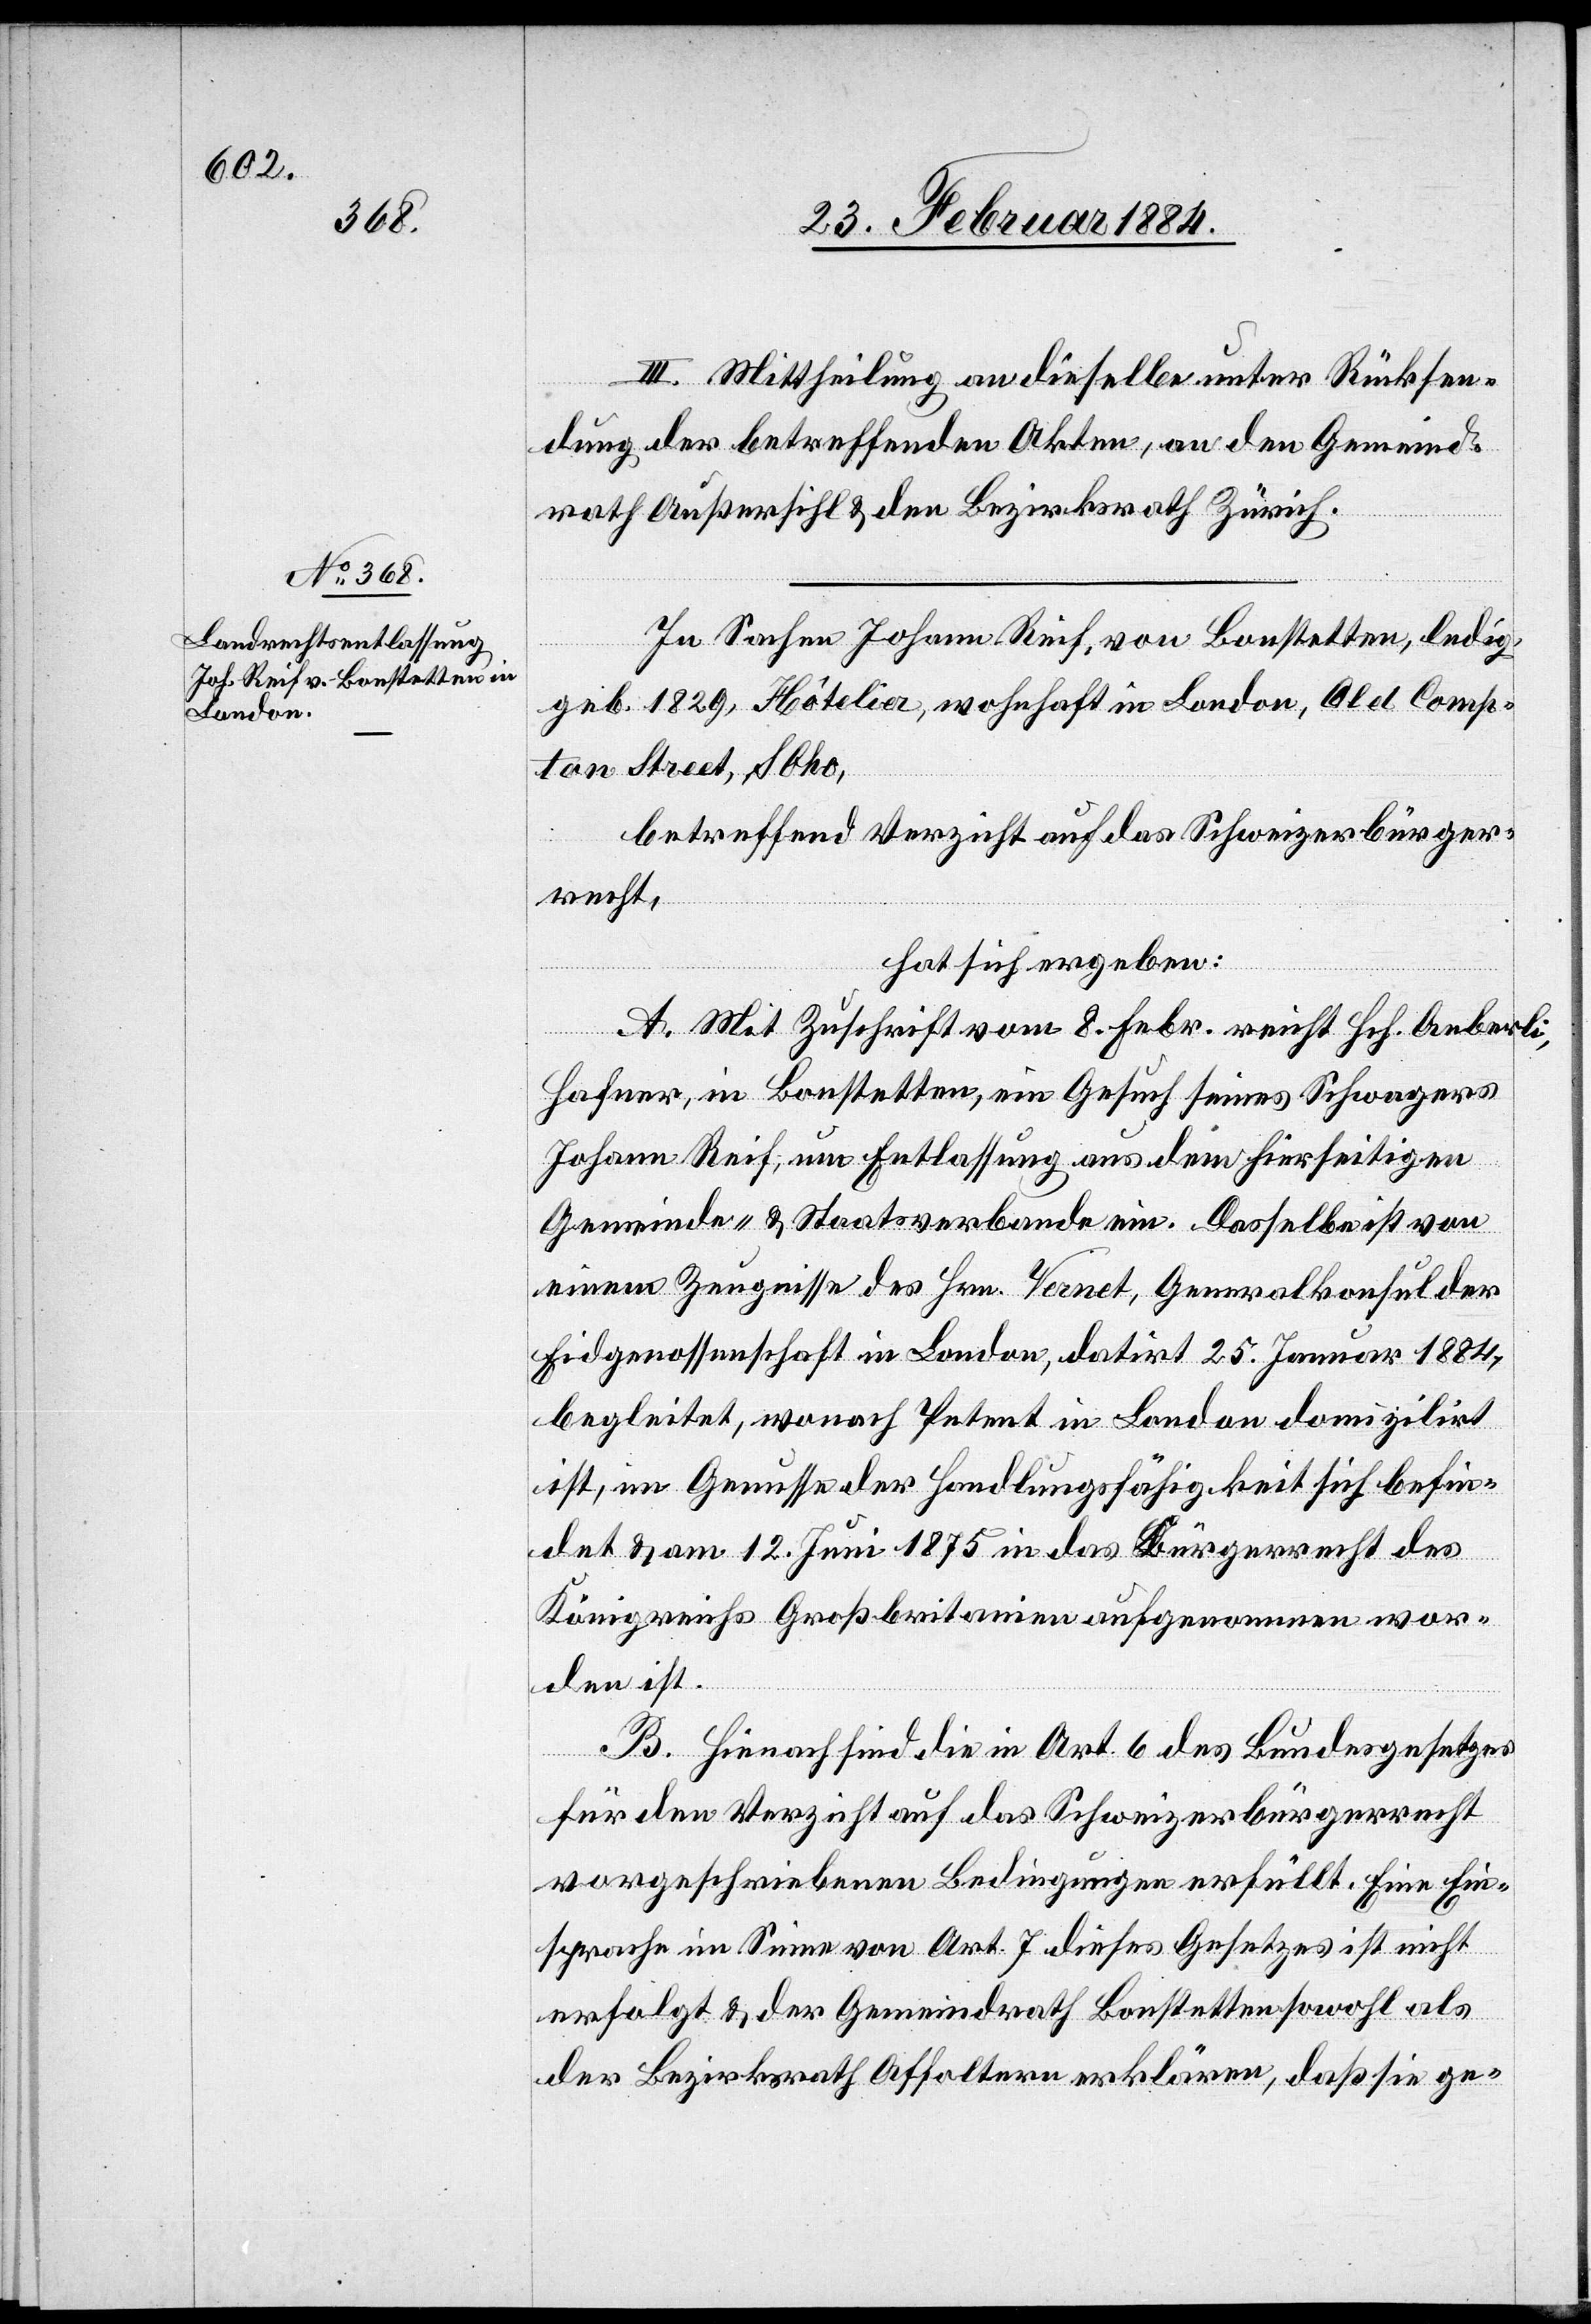
III. Mittheilung an dieselbe unter Rücksen¬
dung der betreffenden Akten, an den Gemeind¬
rath Außersihl & den Bezirksrath Zürich.
In Sachen Johann Reif, von Bonstetten, ledig,
geb. 1829, Hôtelier, wohnhaft in London, Old. Comp¬
ton Street, Soho,
betreffend Verzicht auf das Schweizerbürger¬
recht,
hat sich ergeben:
A. Mit Zuschrift vom 8. Febr. reicht Hch. Aeberli,
Hafner, in Bonstetten, ein Gesuch seines Schwagers
Johann Reif, um Entlassung aus dem hierseitigen
Gemeinde- & Staatsverbande ein. Dasselbe ist von
einem Zeugnisse des Hrn. Vernet, Generalkonsul der
Eigenossenschaft in London, datirt 25. Januar 1884,
begleitet, wonach Petent in London domizilirt
ist, im Genusse der Handlungsfähigkeit sich befin¬
det & am 12. Juni 1875 in das Bürgerrecht des
Königreichs Großbritannien aufgenommen wor¬
den ist.
B. Hienach sind die in Art. 6 des Bundesgesetzes
für den Verzicht auf das Schweizerbürgerrecht
vorgeschriebenen Bedingungen erfüllt. Eine Ein¬
sprache im Sinne von Art. 7 dieses Gesetzes ist nicht
erfolgt & der Gemeindrath Bonstetten sowohl als
der Bezirksrath Affoltern erklären, daß sie ge-